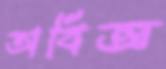
অবিজ্ঞ